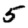
Digit: 5